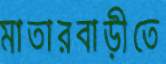
মাতারবাড়ীতে